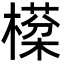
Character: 㯣